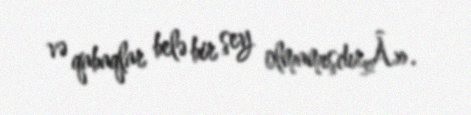
və qabaqlar belə bir şey olmamışdırÂ».